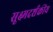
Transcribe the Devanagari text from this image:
सूक्ष्मदर्शकीय